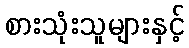
စားသုံးသူများနှင့်